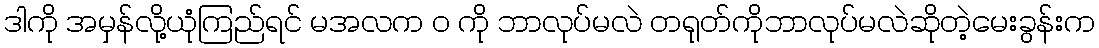
ဒါကို အမှန်လို့ယုံကြည်ရင် မအလက ဝ ကို ဘာလုပ်မလဲ တရုတ်ကိုဘာလုပ်မလဲဆိုတဲ့မေးခွန်းက